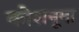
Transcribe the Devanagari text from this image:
कोशनूमा